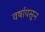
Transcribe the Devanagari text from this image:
वर्षापसुन